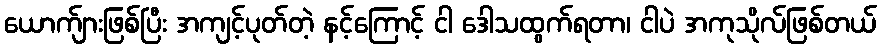
ယောက်ျားဖြစ်ပြီး အကျင့်ပုတ်တဲ့ နင့်ကြောင့် ငါ ဒေါသထွက်ရတာ၊ ငါပဲ အကုသိုလ်ဖြစ်တယ်